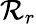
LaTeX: \mathcal{R}_{r}